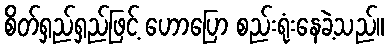
စိတ်ရှည်ရှည်ဖြင့် ဟောပြော စည်းရုံးနေခဲ့သည်။